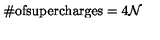
\# \mathrm { o f s u p e r c h a r g e s } = 4 \mathcal { N }